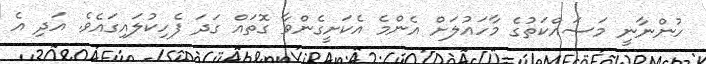
ހުންނާނީ މަސައްކަތުގެ މާހައުލަށް އެންމެ އެކަށީގެންވާ ގޮތައް ގަދަ ފެހިކުލައިގައެވެ. އަދި އެ